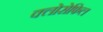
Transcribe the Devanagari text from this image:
क्‍लोरोफिल